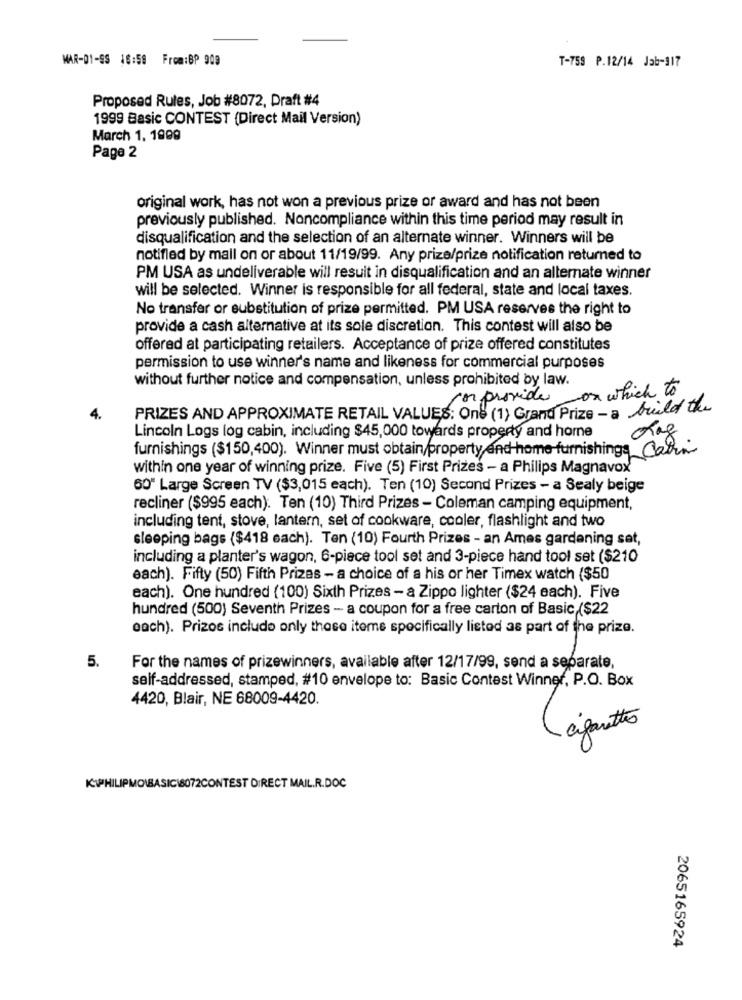
MAR-01-SS 18:58 From:BP 909
T-759 P.12/14 Jab-317
Proposed Rules, Job #8072, Draft #4
1999 Basic CONTEST (Direct Mail Version)
March 1, 1999
Page 2
original work, has not won a previous prize or award and has not been
previously published. Noncompliance within this time period may result in
disqualification and the selection of an alternate winner. Winners will be
notified by mall on or about 11/19/99. Any prize/prize notification returned to
PM USA as undeliverable will result in disqualification and an alternate winner
will be selected. Winner is responsible for all federal, state and local taxes.
No transfer or substitution of prize permitted. PM USA reserves the right to
provide a cash alternative at its sole discretion. This contest will also be
offered at participating retailers. Acceptance of prize offered constitutes
permission to use winner's name and likeness for commercial purposes
without further notice and compensation, unless prohibited by law.
por provide on which to
4.
PRIZES AND APPROXIMATE RETAIL VALUES: One (1) Grand Prize - a build the
Lincoln Logs log cabin, including $45,000 towards property and home
org
furnishings ($150,400). Winner must obtain/property and home furnishings Cabin
within one year of winning prize. Five (5) First Prizes - a Philips Magnavox
60" Large Screen TV ($3,015 each). Ten (10) Second Prizes - a Sealy beige
recliner ($995 each). Ten (10) Third Prizes - Coleman camping equipment,
including tent, stove, lantern, set of cookware, cooler, flashlight and two
sleeping bags ($418 each). Ten (10) Fourth Prizes - an Ames gardening sat,
including a planter's wagon, 6-piece tool set and 3-piece hand tool set ($210
each). Fifty (50) Fifth Prizes - a choice of a his or her Timex watch ($50
each). One hundred (100) Sixth Prizes - a Zippo lighter ($24 each). Five
hundred (500) Seventh Prizes - a coupon for a free carton of Basic,($22
each). Prizos include only those iteme specifically listed as part of the prize.
5.
For the names of prizewinners, available after 12/17/99, send a separate,
self-addressed, stamped, #10 envelope to: Basic Contest Winner, P.O. Box
4420, Blair, NE 68009-4420.
cigarettes
ICIPHILIPMOIBASICI8072CONTEST DIRECT MAIL.R.DOC
2065165924